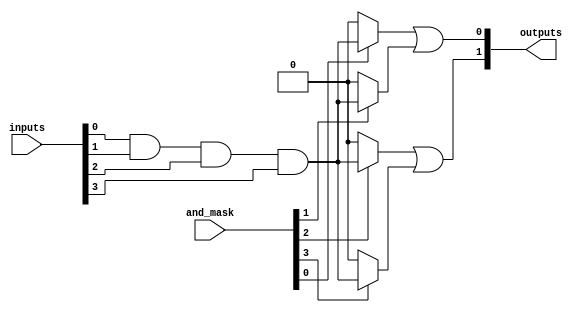
module MaskedPAL #(
    parameter NUM_INPUTS = 4,  // Number of inputs
    parameter NUM_AND_GATES = 4, // Number of AND gates
    parameter NUM_OUTPUTS = 2   // Number of outputs
)(
    input wire [NUM_INPUTS-1:0] inputs, // Input variables
    input wire [NUM_AND_GATES-1:0] and_mask, // Mask for AND gates
    output wire [NUM_OUTPUTS-1:0] outputs // Output functions
);

// Declare wires for AND gate outputs
wire [NUM_AND_GATES-1:0] and_outputs;

// AND Plane: Create product terms based on input and mask
genvar i;
generate
    for (i = 0; i < NUM_AND_GATES; i = i + 1) begin : and_gate
        assign and_outputs[i] = (and_mask[i]) ? (inputs[0] & inputs[1] & inputs[2] & inputs[3]) : 1'b0;
    end
endgenerate

// OR Plane: Combine outputs from AND gates to produce final outputs
assign outputs[0] = and_outputs[0] | and_outputs[1]; // Example combination for output 0
assign outputs[1] = and_outputs[2] | and_outputs[3]; // Example combination for output 1

endmodule